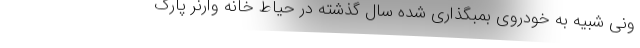
ونی شبیه به خودروی بمبگذاری شده سال گذشته در حیاط خانه وارنر پارک